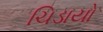
ચિડાયો